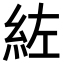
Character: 𮈇